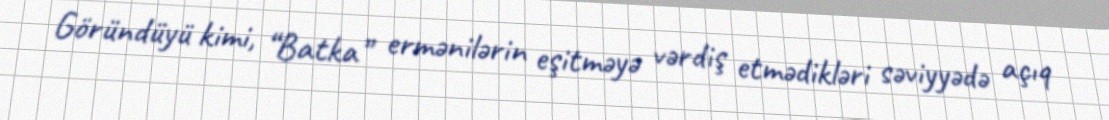
Göründüyü kimi, “Batka” ermənilərin eşitməyə vərdiş etmədikləri səviyyədə açıq